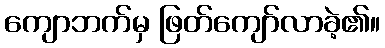
ကျောဘက်မှ ဖြတ်ကျော်လာခဲ့၏။